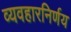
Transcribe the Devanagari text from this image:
व्यवहारनिर्णय